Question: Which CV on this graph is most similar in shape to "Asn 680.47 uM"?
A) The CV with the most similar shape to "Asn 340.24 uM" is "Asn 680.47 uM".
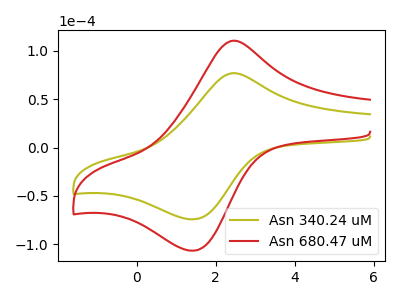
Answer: <think>The olive curve "Asn 340.24 uM" has an anodic peak at (2.45V, 76.75uA) and a cathodic peak at (1.45V, -74.15uA). The red curve "Asn 680.47 uM" has an anodic peak at (2.45V, 110.30uA) and a cathodic peak at (1.45V, -106.50uA).
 All the peaks in "Asn 340.24 uM" have a peak in "Asn 680.47 uM" at the same potential. Every peak in "Asn 340.24 uM" is lower than every peak in "Asn 680.47 uM".</think>
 <answer>A) The CV with the most similar shape to "Asn 340.24 uM" is "Asn 680.47 uM".</answer>
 <eval>A</eval>